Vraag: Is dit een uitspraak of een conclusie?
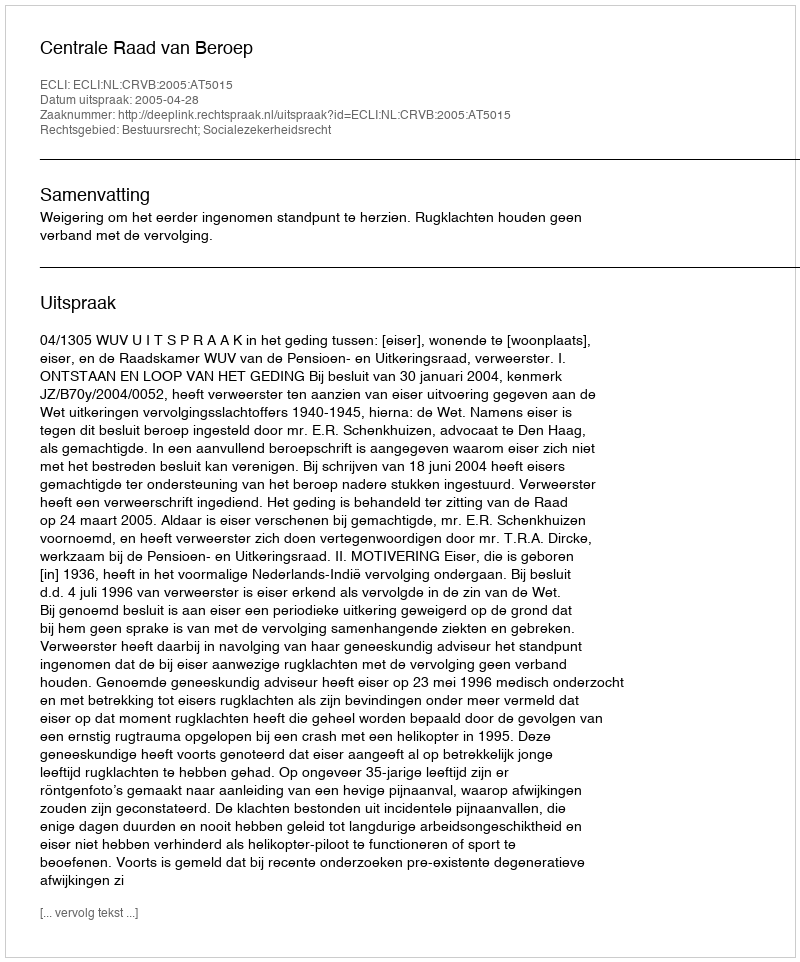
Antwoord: Uitspraak